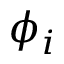
\phi _ { i }